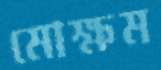
মোক্ষম